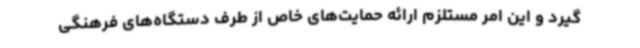
گیرد و این امر مستلزم ارائه حمایت‌های خاص از طرف دستگاه‌های فرهنگی